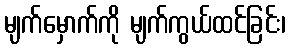
မျက်မှောက်ကို မျက်ကွယ်ထင်ခြင်း၊